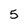
Character: 5